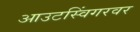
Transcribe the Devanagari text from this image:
आउटस्विंगरवर